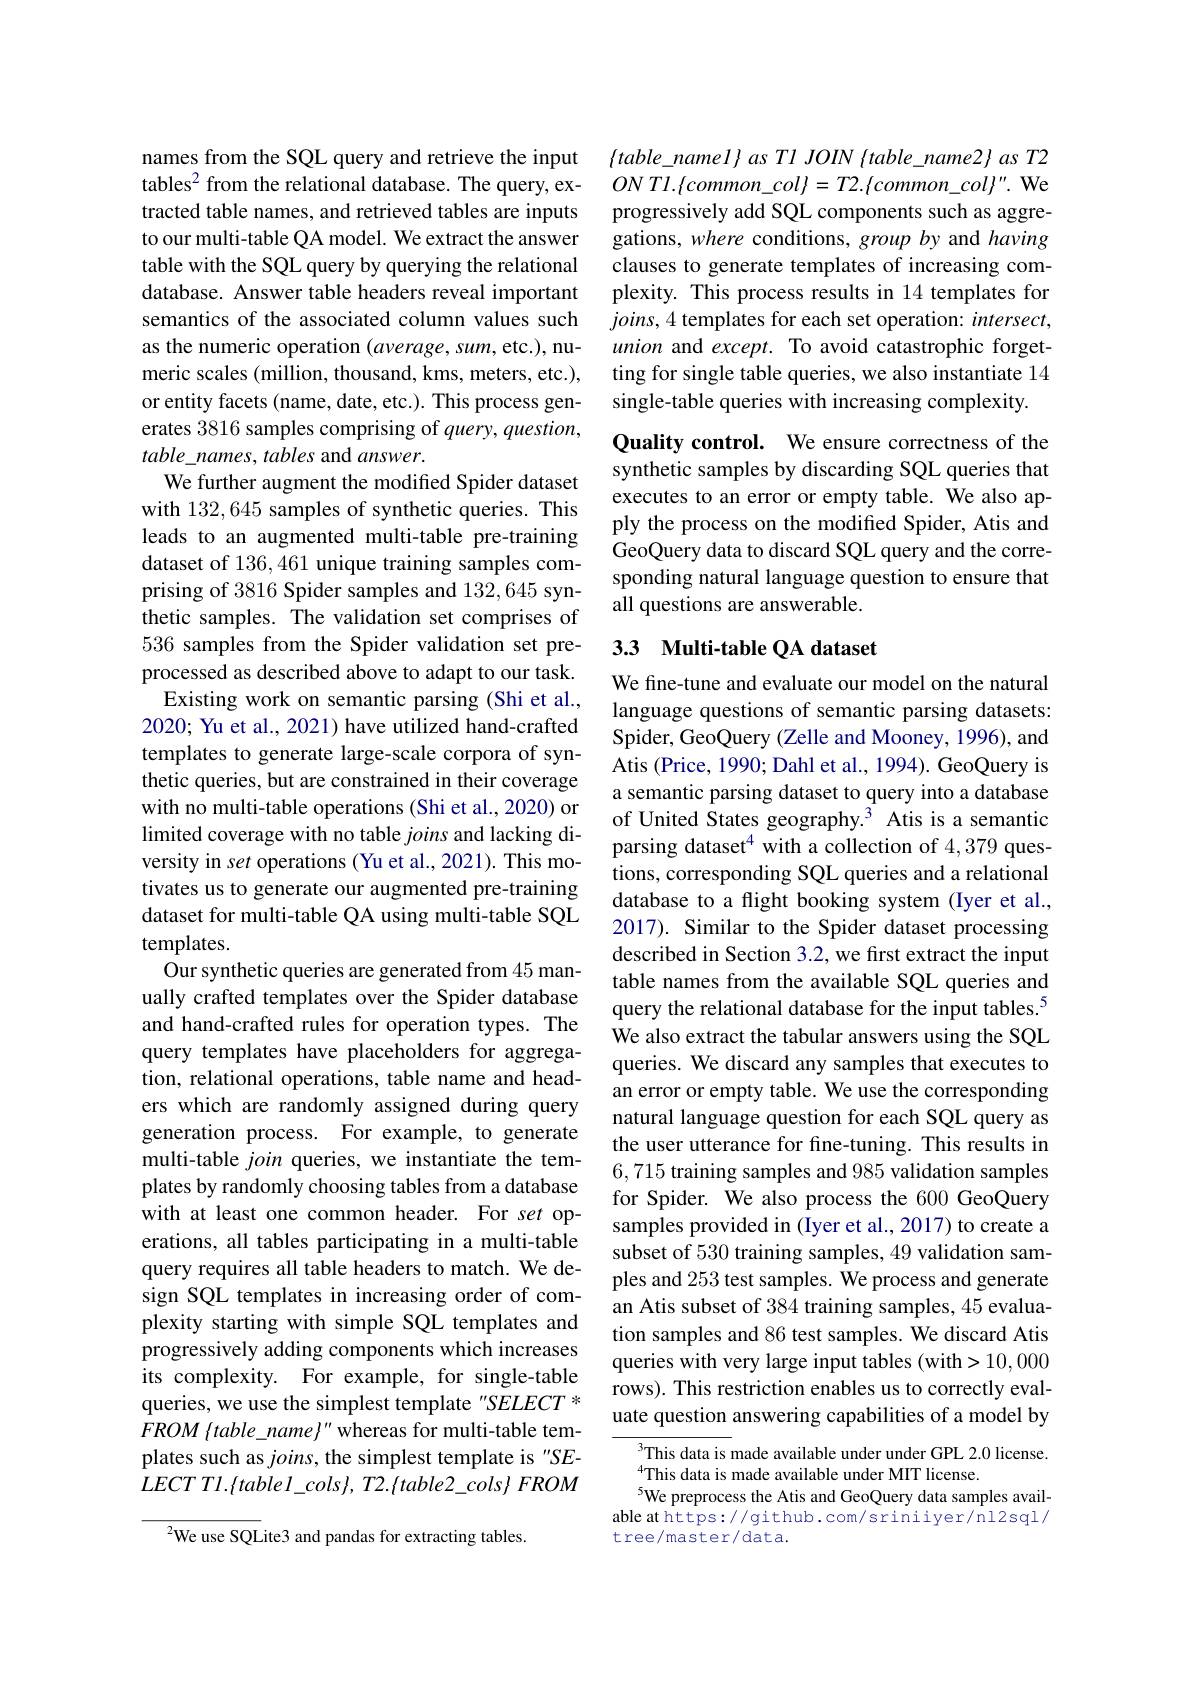
names from the SQL query and retrieve the input tables$^{2}$ from the relational database. The query, extracted table names, and retrieved tables are inputs to our multi-table QA model. We extract the answer table with the SQL query by querying the relational database. Answer table headers reveal important semantics of the associated column values such as the numeric operation $(average,sum$,etc.), numeric scales (million, thousand, kms, meters, etc.), or entity facets (name, date, etc.). This process generates 3816 samples comprising of query, question, table\_names, tables and answer.
We further augment the modified Spider dataset with 132,645 samples of synthetic queries. This leads to an augmented multi-table pre-training dataset of 136,461 unique training samples comprising of 3816 Spider samples and 132,645 synthetic samples. The validation set comprises of 536 samples from the Spider validation set preprocessed as described above to adapt to our task.
Existing work on semantic parsing (Shi et al., 2020; Yu et al., 2021) have utilized hand-crafted templates to generate large-scale corpora of synthetic queries, but are constrained in their coverage with no multi-table operations (Shi et al., 2020) or limited coverage with no table joins and lacking diversity in set operations (Yu et al., 2021). This motivates us to generate our augmented pre-training dataset for multi-table QA using multi-table SQL templates.
Our synthetic queries are generated from 45 manually crafted templates over the Spider database and hand-crafted rules for operation types. The query templates have placeholders for aggregation, relational operations, table name and headers which are randomly assigned during query generation process. For example, to generate multi-table join queries, we instantiate the templates by randomly choosing tables from a database with at least one common header. For set operations, all tables participating in a multi-table query requires all table headers to match. We design SQL templates in increasing order of complexity starting with simple SQL templates and progressively adding components which increases its complexity. For example, for single-table queries, we use the simplest template "SELECT * $FROM\left\{table\_name\right\}^{\prime\prime}$ whereas for multi-table templates such as $joins$, the simplest template is "SE- $LECT$ $Tl. \{ tablel\_ cols\} $, $T2. \{ table2\_ cols\}$ $FROM$
$^{2}$We use SQLite3 and pandas for extracting tables.

$\{table\_namel\}asTlJOIN$ {table\_name2} as T2 $ONT1.\{common\_col\}=T2.\{common\_col\}^{\prime\prime}.$ We progressively add SQL components such as aggregations, where conditions, group by and having clauses to generate templates of increasing complexity. This process results in 14 templates for $joins,4$ templates for each set operation: intersect, union and except. To avoid catastrophic forgetting for single table queries, we also instantiate 14 single-table queries with increasing complexity.

Quality control. We ensure correctness of the synthetic samples by discarding SQL queries that executes to an error or empty table. We also apply the process on the modified Spider, Atis and GeoQuery data to discard SQL query and the corresponding natural language question to ensure that all questions are answerable.

## 3.3 Multi-table QA dataset

We fine-tune and evaluate our model on the natural language questions of semantic parsing datasets: Spider, GeoQuery (Zelle and Mooney, 1996), and Atis (Price, 1990; Dahl et al., 1994). GeoQuery is a semantic parsing dataset to query into a database of United States geography.$^{3}$ Atis is a semantic parsing dataset$^4$ with a collection of 4,379 questions, corresponding SQL queries and a relational database to a flight booking system (Iyer et al., 2017). Similar to the Spider dataset processing described in Section 3.2, we first extract the input table names from the available SQL queries and query the relational database for the input tables.$^{5}$ We also extract the tabular answers using the SQL queries. We discard any samples that executes to an error or empty table. We use the corresponding natural language question for each SQL query as the user utterance for fine-tuning. This results in 6,715 training samples and 985 validation samples for Spider. We also process the 600 GeoQuery samples provided in (Iyer et al., 2017) to create a subset of 530 training samples, 49 validation samples and 253 test samples. We process and generate an Atis subset of 384 training samples, 45 evaluation samples and 86 test samples. We discard Atis queries with very large input tables (with>10,000 rows). This restriction enables us to correctly evaluate question answering capabilities of a model by
This data is made available under under GPL 2.0 license.

This data is made available under MIT license.
$^{5}$We preprocess the Atis and GeoQuery data samples available at https://github.com/sriniiyer/nl2sql/ tree/master/data.